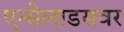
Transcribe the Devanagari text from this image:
एन्सेलाडसवर